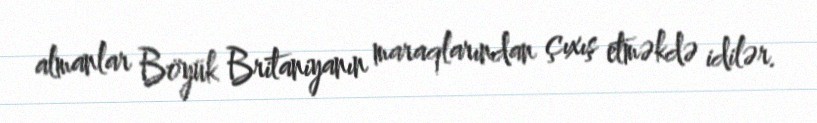
almanlar Böyük Britaniyanın maraqlarından çıxış etməkdə idilər.